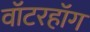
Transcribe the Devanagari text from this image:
वॉटरहॉग